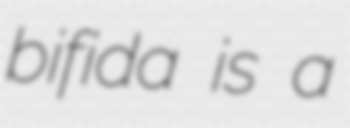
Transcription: bifida is a